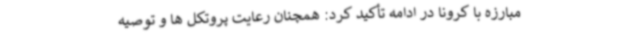
مبارزه با کرونا در ادامه تأکید کرد: همچنان رعایت پروتکل ها و توصیه